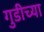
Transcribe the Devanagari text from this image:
गुडीच्या